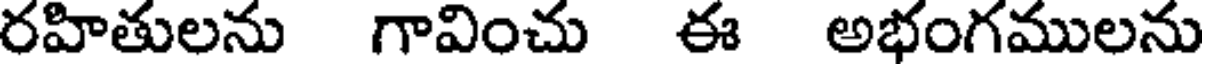
రహితులను గావించు ఈ అభంగములను